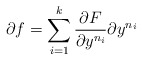
\begin{align*}\partial f= \sum_{i=1}^k\frac{\partial F}{\partial y^{n_i}}\partial y^{n_i}\end{align*}